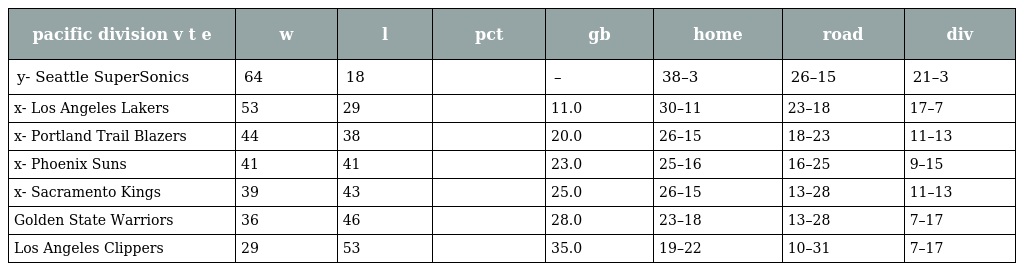
| pacific division v t e | w | l | pct | gb | home | road | div |
 | --- | --- | --- | --- | --- | --- | --- | --- |
 | y- Seattle SuperSonics | 64 | 18 |  | – | 38–3 | 26–15 | 21–3 |
 | x- Los Angeles Lakers | 53 | 29 |  | 11.0 | 30–11 | 23–18 | 17–7 |
 | x- Portland Trail Blazers | 44 | 38 |  | 20.0 | 26–15 | 18–23 | 11–13 |
 | x- Phoenix Suns | 41 | 41 |  | 23.0 | 25–16 | 16–25 | 9–15 |
 | x- Sacramento Kings | 39 | 43 |  | 25.0 | 26–15 | 13–28 | 11–13 |
 | Golden State Warriors | 36 | 46 |  | 28.0 | 23–18 | 13–28 | 7–17 |
 | Los Angeles Clippers | 29 | 53 |  | 35.0 | 19–22 | 10–31 | 7–17 |